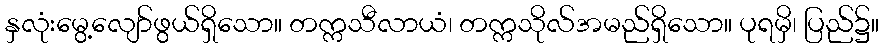
နှလုံးမွေ့လျော်ဖွယ်ရှိသော။ တက္ကသီလာယံ၊ တက္ကသိုလ်အမည်ရှိသော။ ပုရမှိ၊ ပြည်၌။